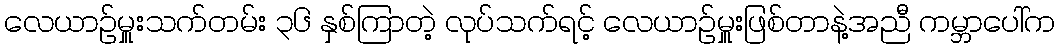
လေယာဉ်မှူးသက်တမ်း ၃၆ နှစ်ကြာတဲ့ လုပ်သက်ရင့် လေယာဉ်မှူးဖြစ်တာနဲ့အညီ ကမ္ဘာပေါ်က